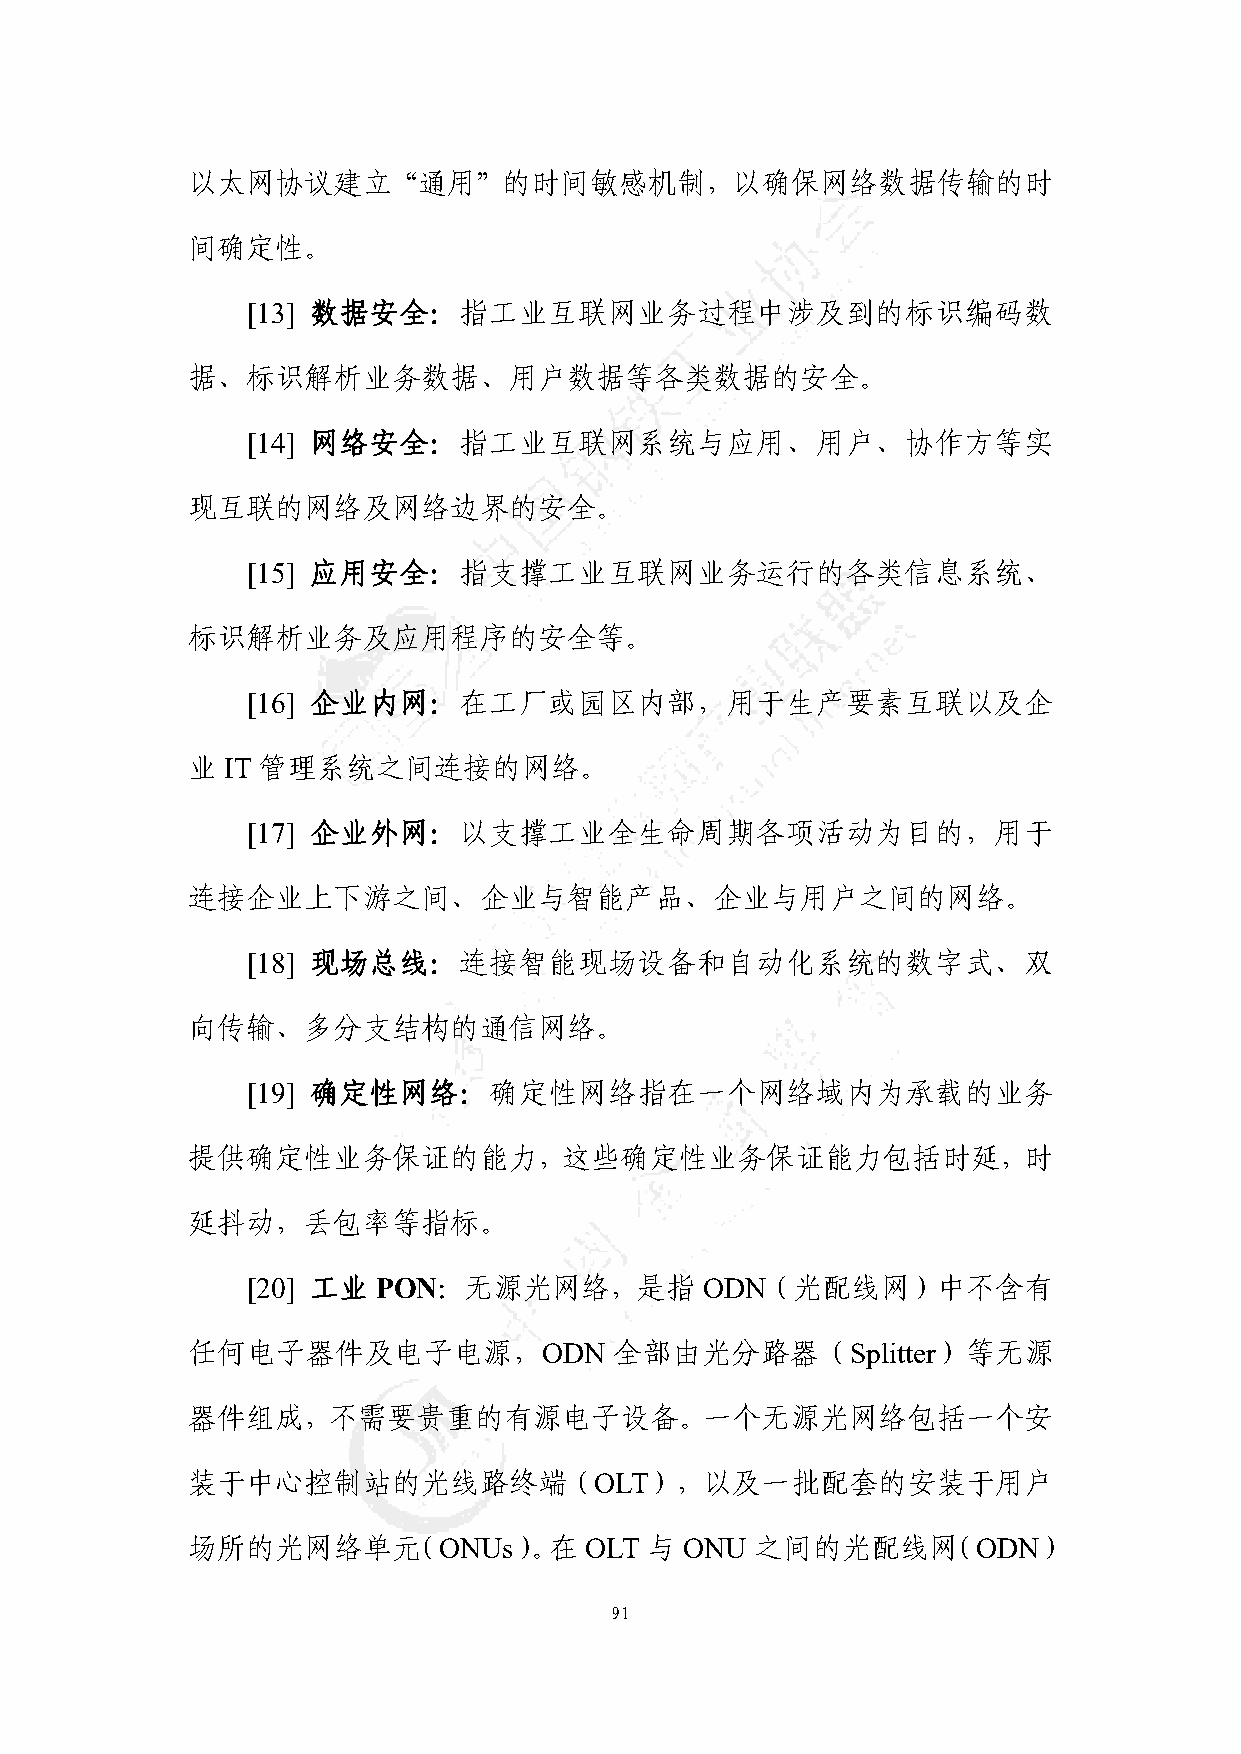
以太网协议建立“通用”的时间敏感机制，以确保网络数据传输的时
 间确定性。
 [13] 数据安全：指工业互联网业务过程中涉及到的标识编码数
 据、标识解析业务数据、用户数据等各类数据的安全。
 [14] 网络安全：指工业互联网系统与应用、用户、协作方等实
 现互联的网络及网络边界的安全。
 [15] 应用安全：指支撑工业互联网业务运行的各类信息系统、
 标识解析业务及应用程序的安全等。
 [16] 企业内网：在工厂或园区内部，用于生产要素互联以及企
 业  IT 管理系统之间连接的网络。
 [17] 企业外网：以支撑工业全生命周期各项活动为目的，用于
 连接企业上下游之间、企业与智能产品、企业与用户之间的网络。
 [18] 现场总线：连接智能现场设备和自动化系统的数字式、双
 向传输、多分支结构的通信网络。
 [19] 确定性网络：确定性网络指在一个网络域内为承载的业务
 提供确定性业务保证的能力，这些确定性业务保证能力包括时延，时
 延抖动，丢包率等指标。
 [20] 工业  PON：无源光网络，是指          ODN（光配线网）中不含有
 任何电子器件及电子电源，ODN              全部由光分路器（Splitter）等无源
 器件组成，不需要贵重的有源电子设备。一个无源光网络包括一个安
 装于中心控制站的光线路终端（OLT），以及一批配套的安装于用户
 场所的光网络单元（ONUs）。在           OLT 与 ONU  之间的光配线网（ODN）
 91